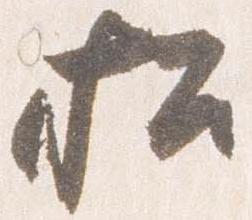
招